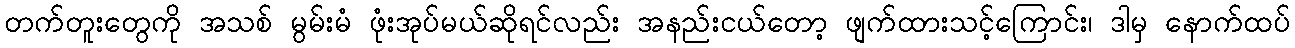
တက်တူးတွေကို အသစ် မွမ်းမံ ဖုံးအုပ်မယ်ဆိုရင်လည်း အနည်းငယ်တော့ ဖျက်ထားသင့်ကြောင်း၊ ဒါမှ နောက်ထပ်